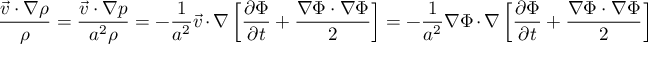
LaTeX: { \frac { { \vec { v } } \cdot \nabla \rho } { \rho } } = { \frac { { \vec { v } } \cdot \nabla p } { a ^ { 2 } \rho } } = - { \frac { 1 } { a ^ { 2 } } } { \vec { v } } \cdot \nabla \left[ { \frac { \partial \Phi } { \partial t } } + { \frac { \nabla \Phi \cdot \nabla \Phi } { 2 } } \right] = - { \frac { 1 } { a ^ { 2 } } } \nabla \Phi \cdot \nabla \left[ { \frac { \partial \Phi } { \partial t } } + { \frac { \nabla \Phi \cdot \nabla \Phi } { 2 } } \right]